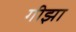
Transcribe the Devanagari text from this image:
गीझा